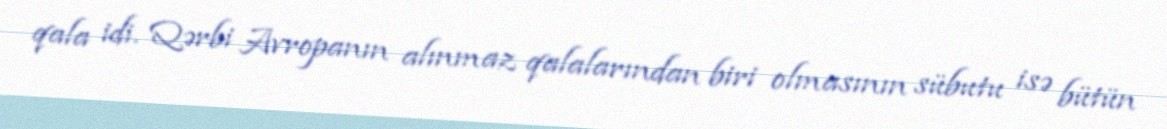
qala idi. Qərbi Avropanın alınmaz qalalarından biri olmasının sübutu isə bütün